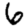
Digit: 6